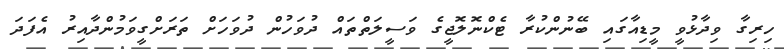
ހިރިގާ ވިދާޅުވީ މީޑިއާގައި ބޭނުންކުރާ ޓެކްނޮލޮޖީގެ ވަސީލަތްތައް ދުވަހުން ދުވަހަށް ތަރަށްގީވަމުންދާއިރު އެފަދަ